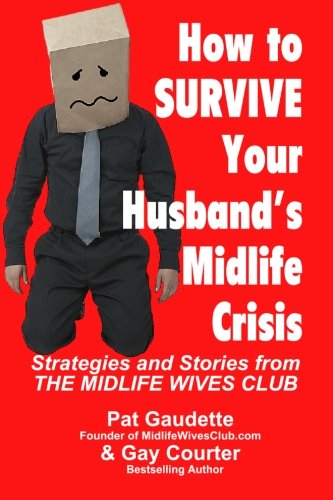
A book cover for How to Survive Your Husband's Midlife Crisis: Strategies and Stories from The Midlife Wives Club; Pat Gaudette; Self-Help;